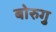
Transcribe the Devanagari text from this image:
बोरुगु